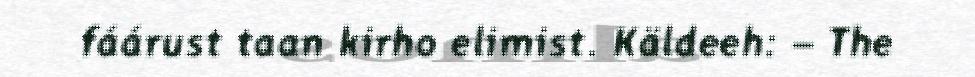
fáárust taan kirho elimist. Käldeeh: – The